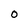
Character: 0